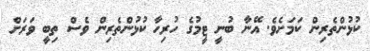
ކުޅުންތެރިން ކަމަށެވެ. އޭނާ ބުނީ ޓީމުގެ ހުރިހާ ކުޅުންތެރިން ވެސް ތިބީ ވަރަށް